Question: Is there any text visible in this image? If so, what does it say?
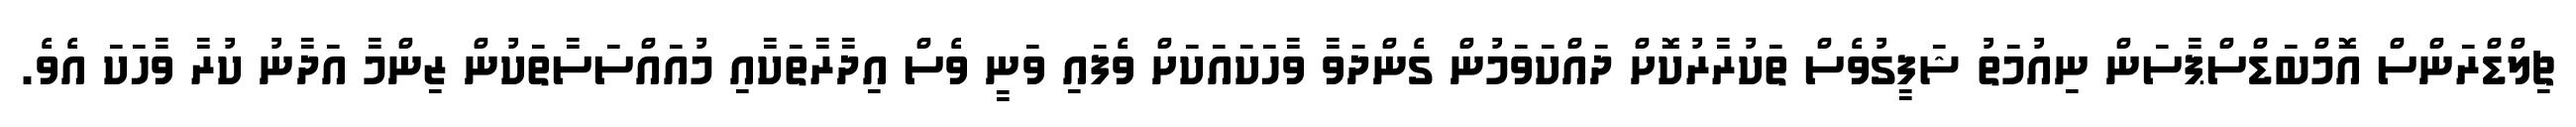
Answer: ޗިލްޑްރަންސް އޮމްބަޑްސްޕާސަން ނިއުމަތު ޝަފީގުވެސް ތަކުރާރުކޮށް ދައްކަވަމުން ގެންދަވާ ވާހަކައަކަށް ވެފައި ވަނީ ވެސް އިދާރާތަކާއި މުއައްސަސާތަކުން ޒިންމާ އަދާނު ކުރާ ވާހަކަ އެވެ.